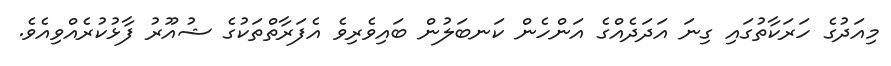
މިއަދުގެ ހަރަކާތުގައި ގިނަ އަދަދެއްގެ އަންހެން ކަނބަލުން ބައިވެރިވެ އެފަރާތްތަކުގެ ޝުއޫރު ފާޅުކުރެއްވިއެވެ.